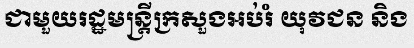
ជាមួយរដ្ឋមន្ត្រីក្រសួងអប់រំ យុវជន និង